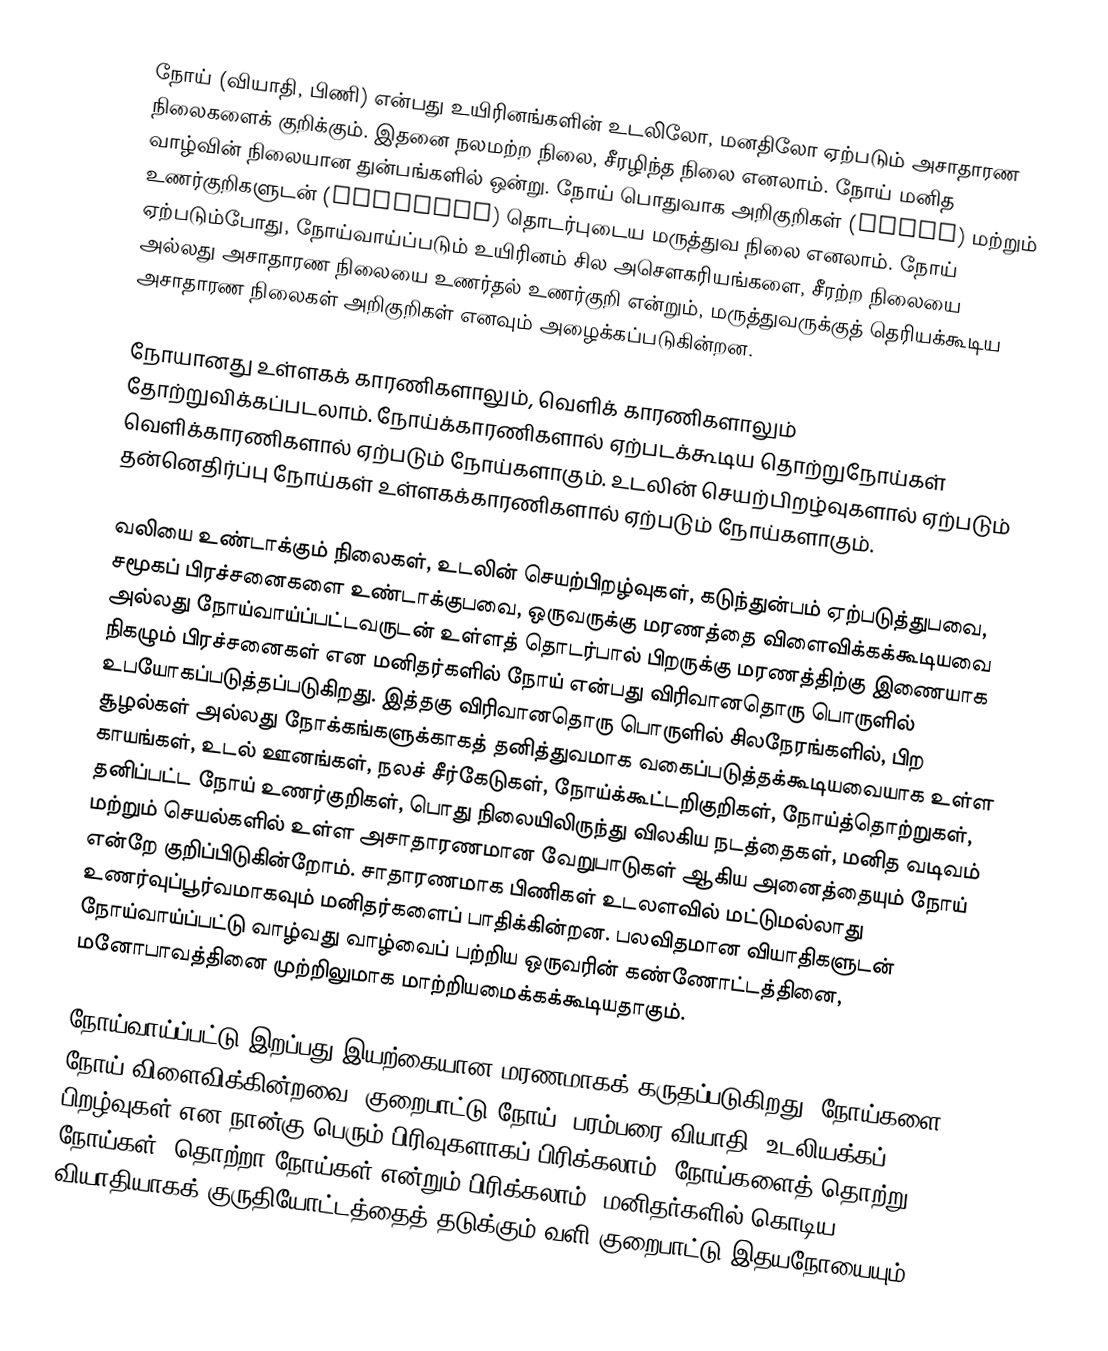
நோய் (வியாதி, பிணி) என்பது உயிரினங்களின் உடலிலோ, மனதிலோ ஏற்படும் அசாதாரண நிலைகளைக் குறிக்கும். இதனை நலமற்ற நிலை, சீரழிந்த நிலை எனலாம். நோய் மனித வாழ்வின் நிலையான துன்பங்களில் ஒன்று. நோய் பொதுவாக அறிகுறிகள் (signs) மற்றும் உணர்குறிகளுடன் (symptoms) தொடர்புடைய மருத்துவ நிலை எனலாம். நோய் ஏற்படும்போது, நோய்வாய்ப்படும் உயிரினம் சில அசெளகரியங்களை, சீரற்ற நிலையை அல்லது அசாதாரண நிலையை உணர்தல் உணர்குறி என்றும், மருத்துவருக்குத் தெரியக்கூடிய அசாதாரண நிலைகள் அறிகுறிகள் எனவும் அழைக்கப்படுகின்றன.

நோயானது உள்ளகக் காரணிகளாலும், வெளிக் காரணிகளாலும் தோற்றுவிக்கப்படலாம். நோய்க்காரணிகளால் ஏற்படக்கூடிய தொற்றுநோய்கள் வெளிக்காரணிகளால் ஏற்படும் நோய்களாகும். உடலின் செயற்பிறழ்வுகளால் ஏற்படும்  தன்னெதிர்ப்பு நோய்கள் உள்ளகக்காரணிகளால் ஏற்படும் நோய்களாகும்.

வலியை உண்டாக்கும் நிலைகள், உடலின் செயற்பிறழ்வுகள், கடுந்துன்பம் ஏற்படுத்துபவை, சமூகப் பிரச்சனைகளை உண்டாக்குபவை, ஒருவருக்கு மரணத்தை விளைவிக்கக்கூடியவை அல்லது நோய்வாய்ப்பட்டவருடன் உள்ளத் தொடர்பால் பிறருக்கு மரணத்திற்கு இணையாக நிகழும் பிரச்சனைகள் என மனிதர்களில் நோய் என்பது விரிவானதொரு பொருளில் உபயோகப்படுத்தப்படுகிறது. இத்தகு விரிவானதொரு பொருளில் சிலநேரங்களில், பிற சூழல்கள் அல்லது நோக்கங்களுக்காகத் தனித்துவமாக வகைப்படுத்தக்கூடியவையாக உள்ள காயங்கள், உடல் ஊனங்கள், நலச் சீர்கேடுகள், நோய்க்கூட்டறிகுறிகள், நோய்த்தொற்றுகள், தனிப்பட்ட நோய் உணர்குறிகள், பொது நிலையிலிருந்து விலகிய நடத்தைகள், மனித வடிவம் மற்றும் செயல்களில் உள்ள அசாதாரணமான வேறுபாடுகள் ஆகிய அனைத்தையும் நோய் என்றே குறிப்பிடுகின்றோம். சாதாரணமாக பிணிகள் உடலளவில் மட்டுமல்லாது உணர்வுப்பூர்வமாகவும் மனிதர்களைப் பாதிக்கின்றன. பலவிதமான வியாதிகளுடன் நோய்வாய்ப்பட்டு வாழ்வது வாழ்வைப் பற்றிய ஒருவரின் கண்ணோட்டத்தினை, மனோபாவத்தினை முற்றிலுமாக மாற்றியமைக்கக்கூடியதாகும்.

நோய்வாய்ப்பட்டு இறப்பது இயற்கையான மரணமாகக் கருதப்படுகிறது. நோய்களை நோய் விளைவிக்கின்றவை, குறைபாட்டு நோய், பரம்பரை வியாதி, உடலியக்கப் பிறழ்வுகள் என நான்கு பெரும் பிரிவுகளாகப் பிரிக்கலாம். நோய்களைத்  தொற்று நோய்கள், தொற்றா நோய்கள் என்றும் பிரிக்கலாம். மனிதர்களில் கொடிய வியாதியாகக் குருதியோட்டத்தைத் தடுக்கும் வளி குறைபாட்டு இதயநோயையும் (is